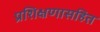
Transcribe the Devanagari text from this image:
प्रशिक्षणासहित